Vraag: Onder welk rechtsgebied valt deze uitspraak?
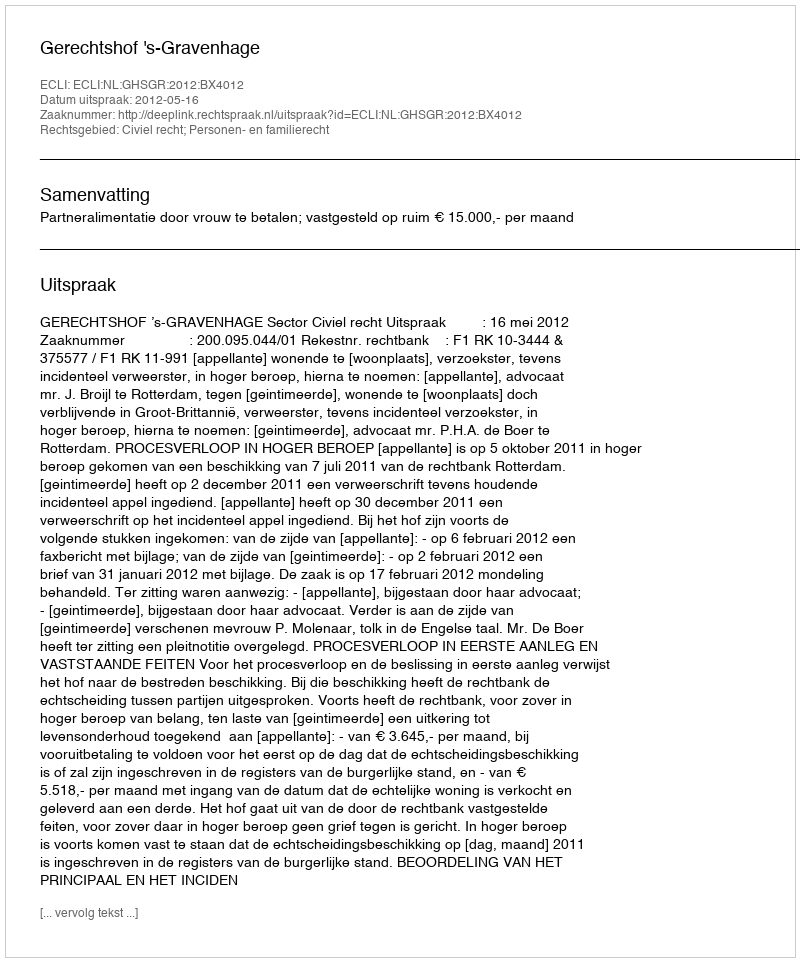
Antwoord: Civiel recht; Personen- en familierecht